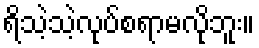
ရိသဲ့သဲ့လုပ်စရာမလိုဘူး။